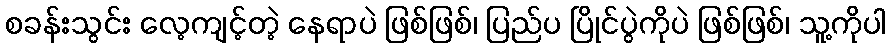
စခန်းသွင်း လေ့ကျင့်တဲ့ နေရာပဲ ဖြစ်ဖြစ်၊ ပြည်ပ ပြိုင်ပွဲကိုပဲ ဖြစ်ဖြစ်၊ သူ့ကိုပါ